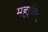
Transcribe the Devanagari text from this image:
महाबिद